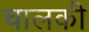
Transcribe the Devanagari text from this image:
चालकी